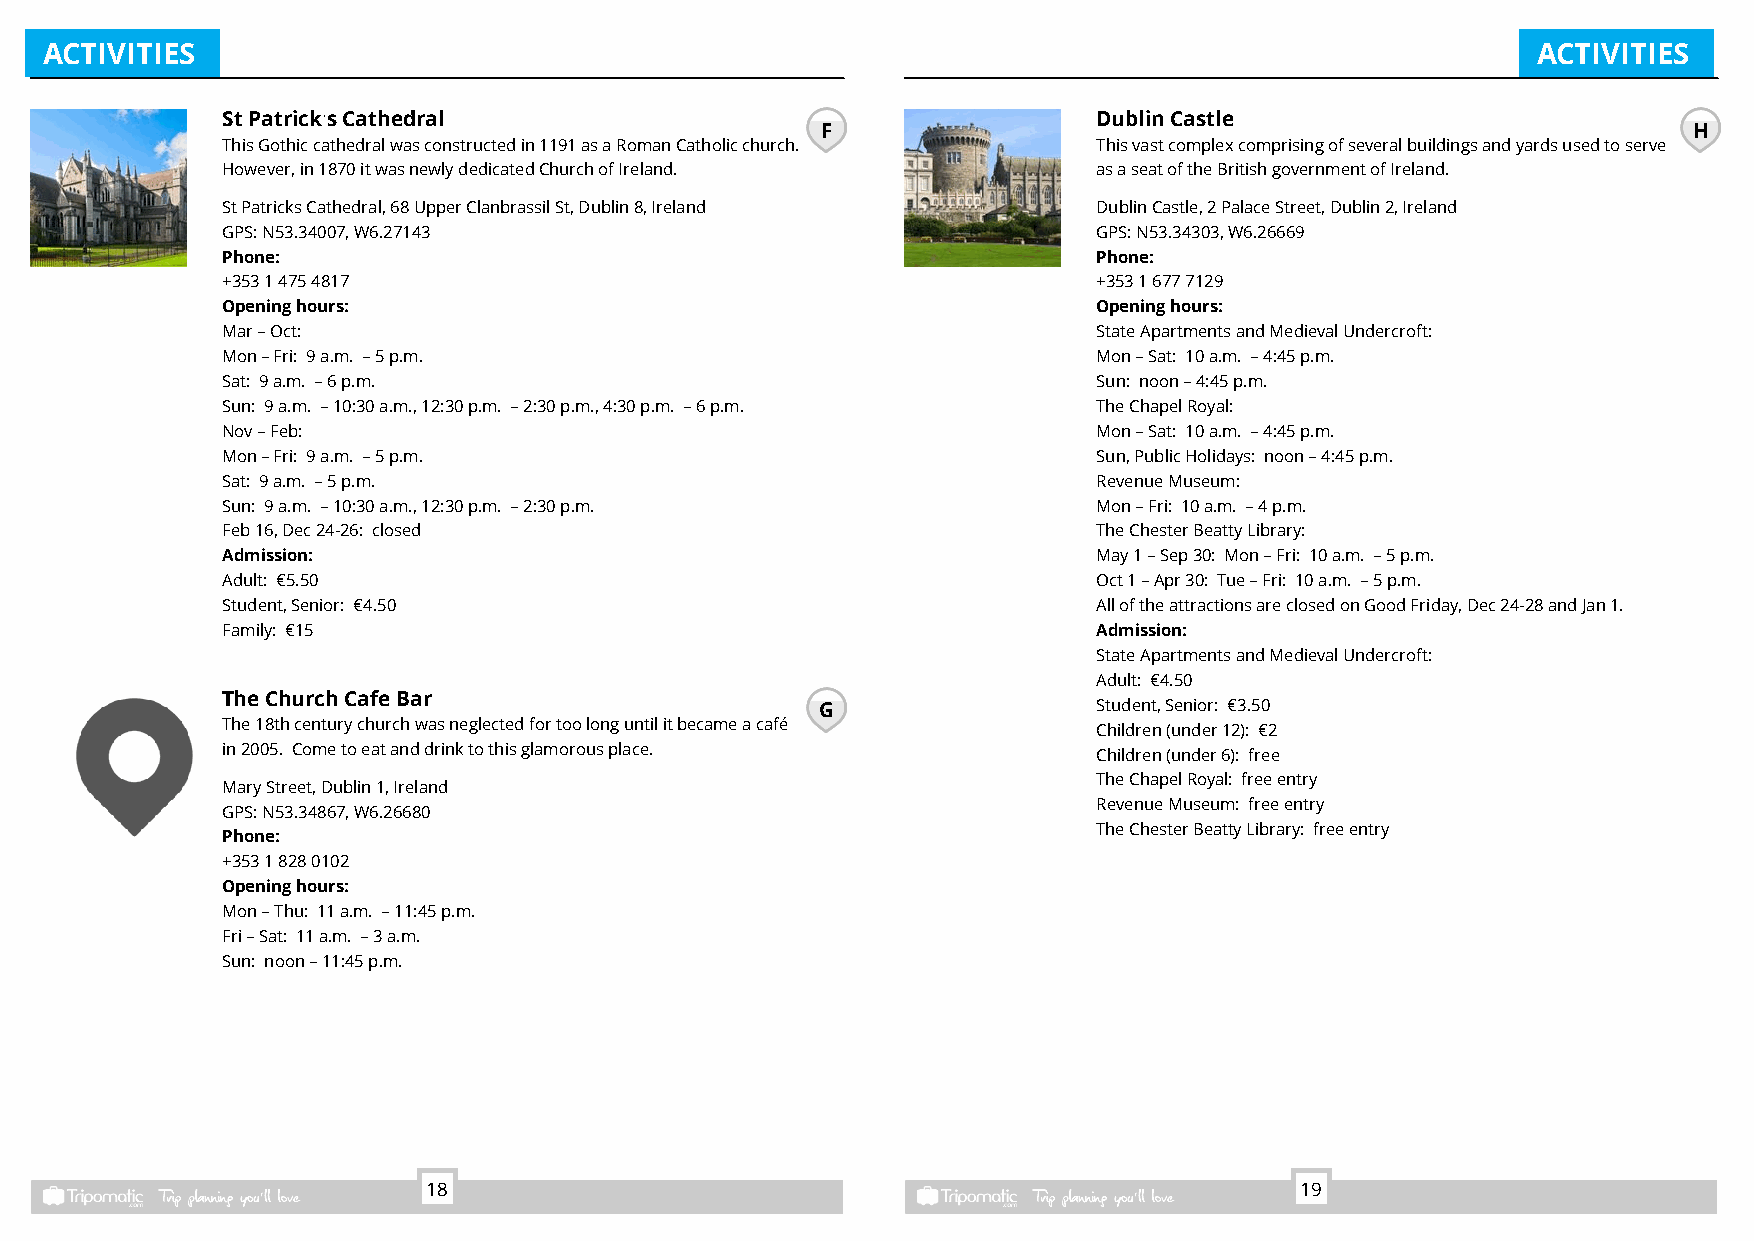
ACTIVITIES                                                                                         ACTIVITIES
 StPatrick’sCathedral                                      DublinCastle
 F                                                         H
 ThisGothiccathedralwasconstructedin1191asaRomanCatholicchurch. Thisvastcomplexcomprisingofseveralbuildingsandyardsusedtoserve
 However,in1870itwasnewlydedicatedChurchofIreland.         asaseatoftheBritishgovernmentofIreland.
 StPatricksCathedral,68UpperClanbrassilSt,Dublin8,Ireland  DublinCastle,2PalaceStreet,Dublin2,Ireland
 GPS:N53.34007,W6.27143                                    GPS:N53.34303,W6.26669
 Phone:                                                    Phone:
 +35314754817                                              +35316777129
 Openinghours:                                             Openinghours:
 Mar–Oct:                                                  StateApartmentsandMedievalUndercroft:
 Mon–Fri: 9a.m. –5p.m.                                     Mon–Sat: 10a.m. –4:45p.m.
 Sat: 9a.m. –6p.m.                                         Sun: noon–4:45p.m.
 Sun: 9a.m. –10:30a.m.,12:30p.m. –2:30p.m.,4:30p.m. –6p.m. TheChapelRoyal:
 Nov–Feb:                                                  Mon–Sat: 10a.m. –4:45p.m.
 Mon–Fri: 9a.m. –5p.m.                                     Sun,PublicHolidays: noon–4:45p.m.
 Sat: 9a.m. –5p.m.                                         RevenueMuseum:
 Sun: 9a.m. –10:30a.m.,12:30p.m. –2:30p.m.                 Mon–Fri: 10a.m. –4p.m.
 Feb16,Dec24-26: closed                                    TheChesterBeattyLibrary:
 Admission:                                                May1–Sep30: Mon–Fri: 10a.m. –5p.m.
 Adult: €5.50                                              Oct1–Apr30: Tue–Fri: 10a.m. –5p.m.
 Student,Senior: €4.50                                     AlloftheattractionsareclosedonGoodFriday,Dec24-28andJan1.
 Family: €15                                               Admission:
 StateApartmentsandMedievalUndercroft:
 Adult: €4.50
 TheChurchCafeBar
 G                  Student,Senior: €3.50
 The18thcenturychurchwasneglectedfortoolonguntilitbecameacafé Children(under12): €2
 in2005. Cometoeatanddrinktothisglamorousplace.            Children(under6): free
 TheChapelRoyal: freeentry
 MaryStreet,Dublin1,Ireland
 RevenueMuseum: freeentry
 GPS:N53.34867,W6.26680
 TheChesterBeattyLibrary: freeentry
 Phone:
 +35318280102
 Openinghours:
 Mon–Thu: 11a.m. –11:45p.m.
 Fri–Sat: 11a.m. –3a.m.
 Sun: noon–11:45p.m.
 18                                                        19